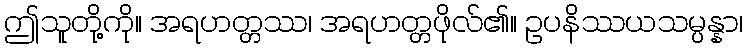
ဤသူတို့ကို။ အရဟတ္တဿ၊ အရဟတ္တဖိုလ်၏။ ဥပနိဿယသမ္ပန္နာ၊